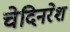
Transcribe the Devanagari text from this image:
चेदिनरेश